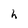
Character: h